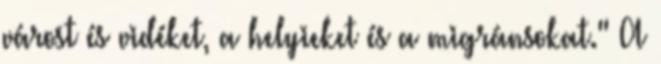
várost és vidéket, a helyieket és a migránsokat." A